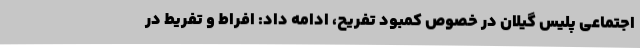
اجتماعی پلیس گیلان در خصوص کمبود تفریح، ادامه داد: افراط و تفریط در